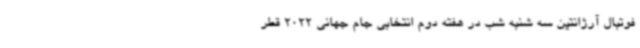
فوتبال آرژانتین سه شنبه شب در هفته دوم انتخابی جام جهانی 2022 قطر